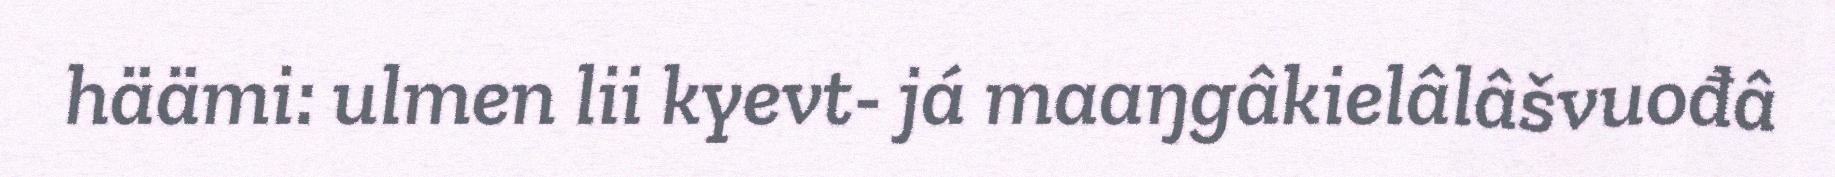
häämi: ulmen lii kyevt- já maaŋgâkielâlâšvuođâ